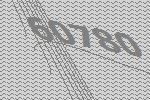
60780